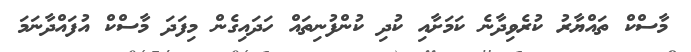
މާސްކް ތައްޔާރު ކުރެވިދާނެ ކަމަށާއި ކުދި ކުންފުނިތައް ހަދައިގެން މިފަދަ މާސްކް އުފައްދާނަމަ